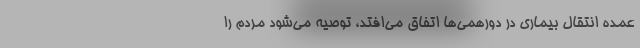
عمده انتقال بیماری در دورهمی‌ها اتفاق می‌افتد، توصیه می‌شود مردم را